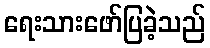
ရေးသားဖော်ပြခဲ့သည်